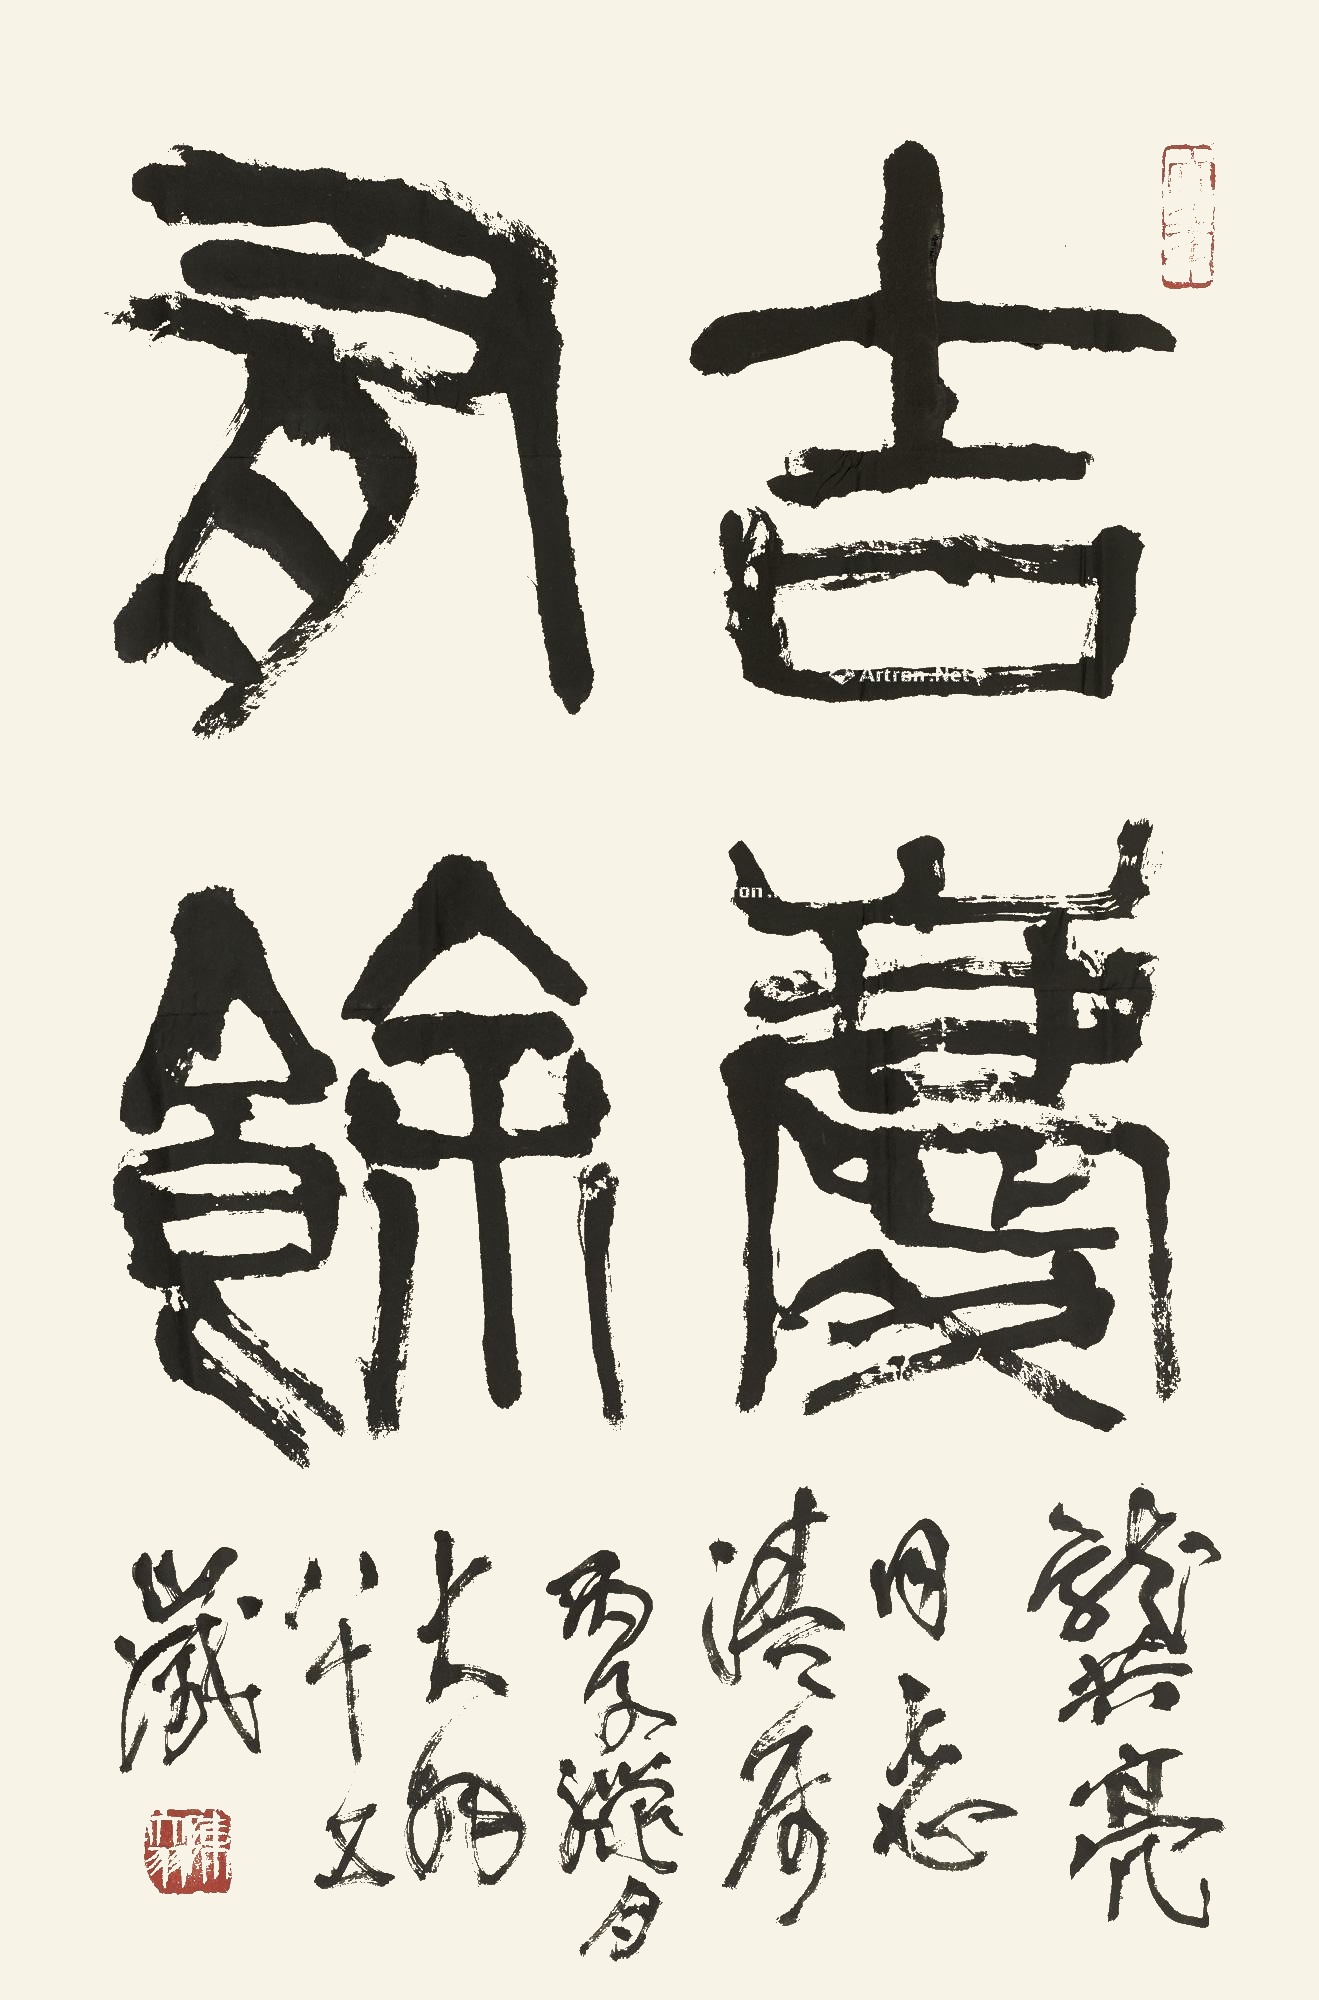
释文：吉庆有余。龚亮同志清属，丙子腊月大羽八十五岁。